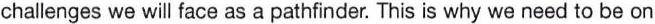
challenges we will face as a pathfinder. This is why we need to be on